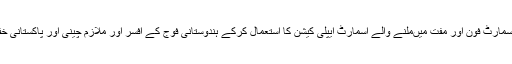
سستے میںفراہم ہونے والے ’شاؤمی‘ اور ’ریڈمی‘ جیسے چائنیز اسمارٹ فون اور مفت میںملنے والے اسمارٹ ایپلی کیشن کا استعمال کرکے ہندوستانی فوج کے افسر اور ملازم چینی اور پاکستانی خفیہ ایجنسیوں کے لیے جاسوسی کا آسان اوزار بن کررہ گئے تھے۔